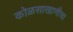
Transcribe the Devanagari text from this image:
कोळसाखाणीचा